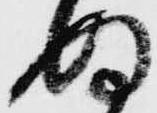
ぬ